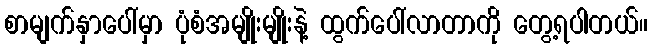
စာမျက်နှာပေါ်မှာ ပုံစံအမျိုးမျိုးနဲ့ ထွက်ပေါ်လာတာကို တွေ့ရပါတယ်။